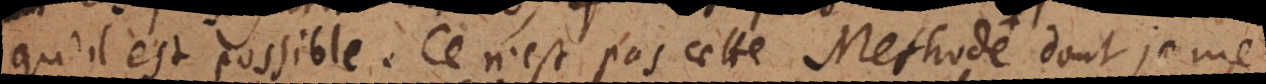
qu’il est possible. Ce n’est pas cette Metho dont je me